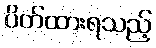
ပိတ်ထားရသည့်